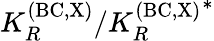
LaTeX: K_{R}^{\mathrm{(BC,X)}}/{K_{R}^{\mathrm{(BC,X)}}}^{*}